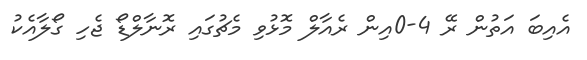
އެއިބަ އަތުން ރޭ 4-0އިން ރެއާލް މޮޅުވި މެޗުގައި ރޮނާލްޑޯ ޖެހި ގޯލާއެކު